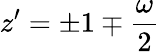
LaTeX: z^{\prime}=\pm 1\mp\frac{\omega}{2}